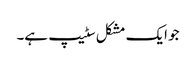
جو ایک مشکل سٹیپ ہے۔